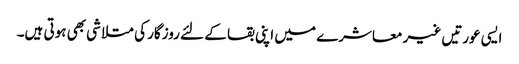
ایسی عورتیں غیر معاشرے میں اپنی بقا کے لئے روزگار کی متلاشی بھی ہوتی ہیں۔